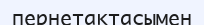
пернетақтасымен